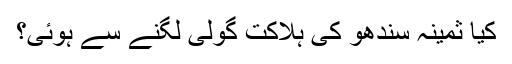
کیا ثمینہ سندھو کی ہلاکت گولی لگنے سے ہوئی؟